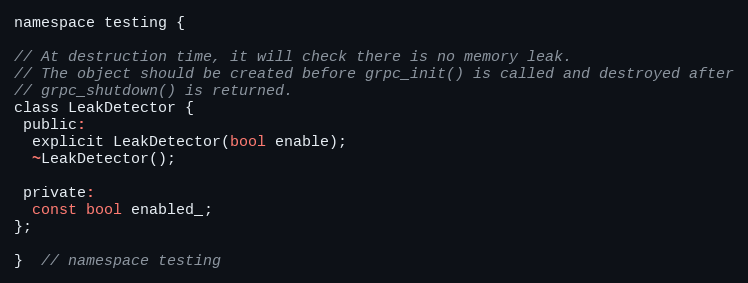
Language: C
namespace testing {

// At destruction time, it will check there is no memory leak.
// The object should be created before grpc_init() is called and destroyed after
// grpc_shutdown() is returned.
class LeakDetector {
 public:
  explicit LeakDetector(bool enable);
  ~LeakDetector();

 private:
  const bool enabled_;
};

}  // namespace testing